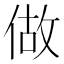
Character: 做